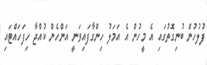
ފުލުހުން ބުނިގޮތުގައި އެ މީހުން އެ އަމަލު ހިންގާފައިވަނީ އަންހެން ކުއްޖާ ހިފަހައްޓައި